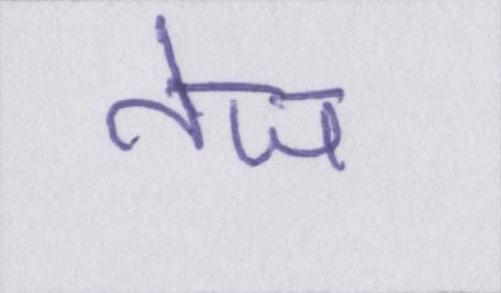
तेज